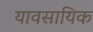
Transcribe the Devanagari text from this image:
यावसायिक